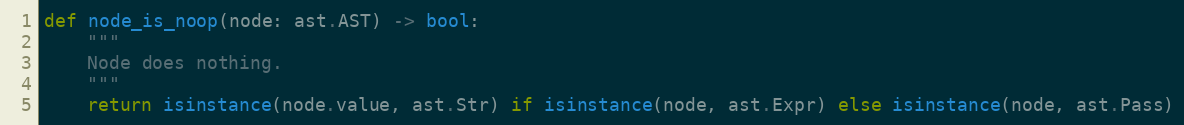
Language: Python
def node_is_noop(node: ast.AST) -> bool:
    """
    Node does nothing.
    """
    return isinstance(node.value, ast.Str) if isinstance(node, ast.Expr) else isinstance(node, ast.Pass)